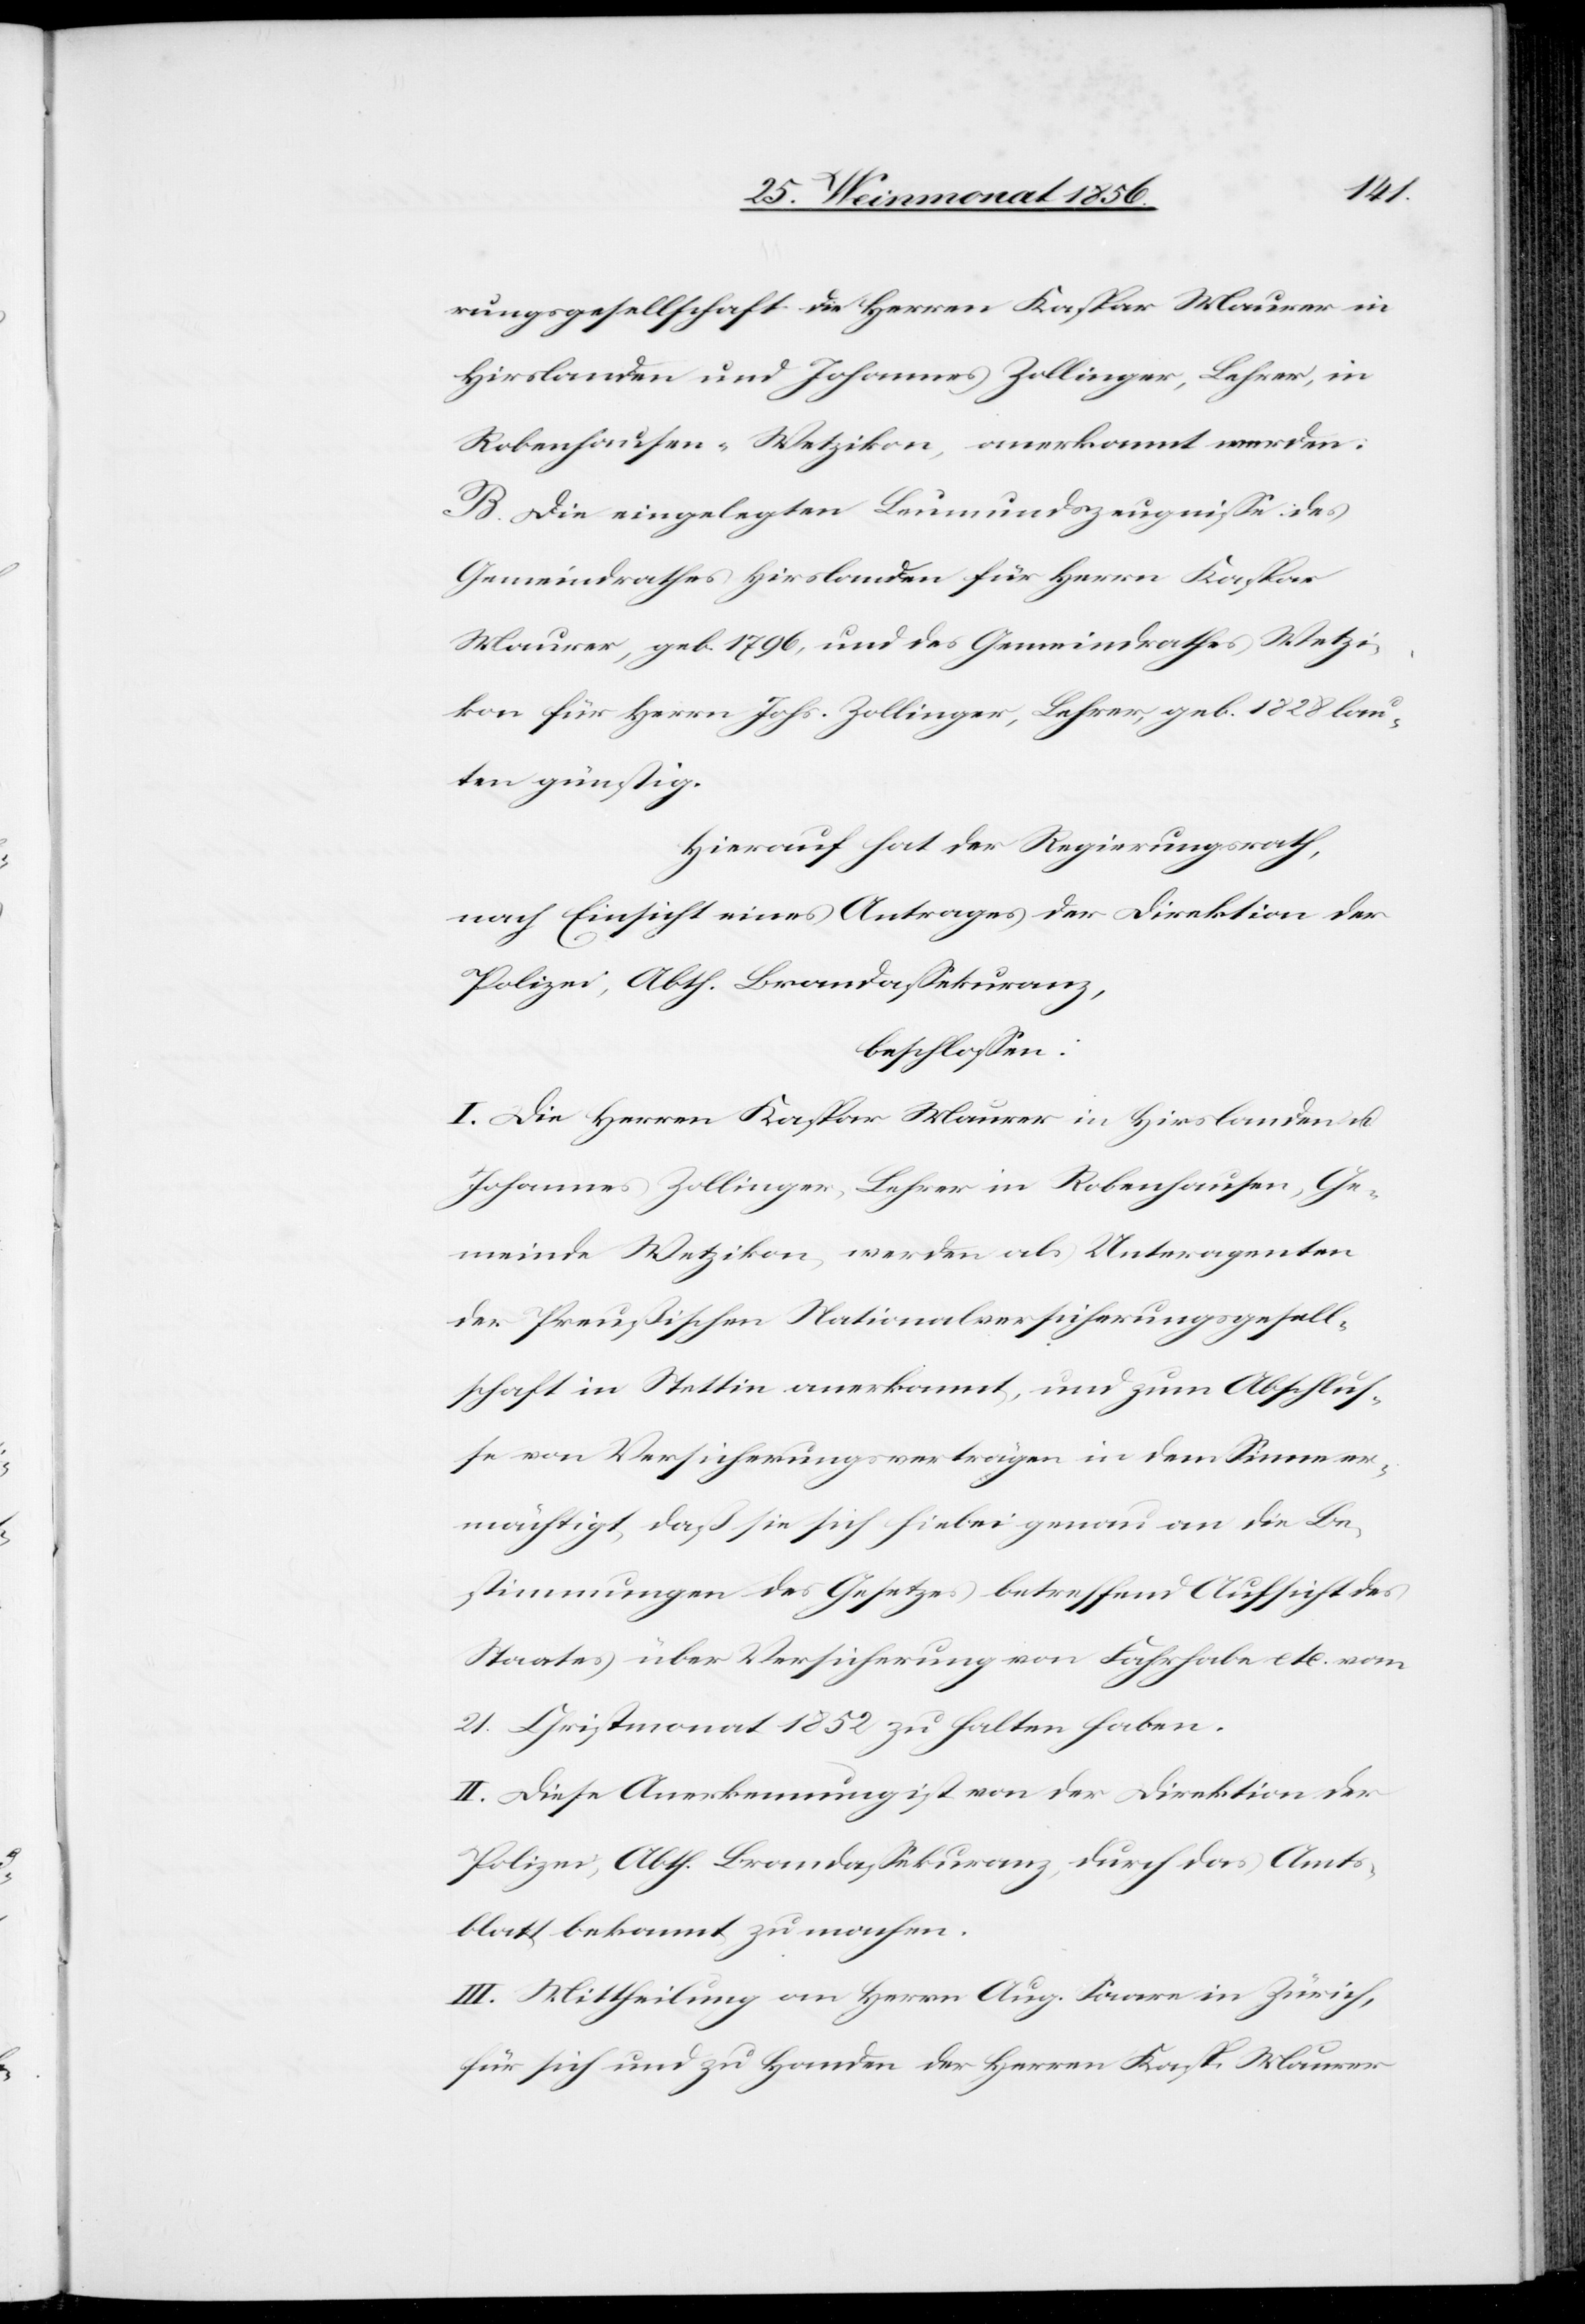
rungsgesellschaft die Herren Kaspar Maurer in
Hirslanden und Johannes Zollinger, Lehrer, in
Robenhausen-Wetzikon, anerkannt werden.
B. Die eingelegten Leumundszeugnisse: des
Gemeindrathes Hirslanden für Herrn Kaspar
Maurer, geb. 1796, und des Gemeindrathes Wetzi¬
kon für Herrn Johs. Zollinger, Lehrer, geb. 1828 lau¬
ten günstig.
Hierauf hat der Regierungsrath,
nach Einsicht eines Antrages der Direktion der
Polizei, Abth. Brandassekuranz,
beschlossen:
I. Die Herren Kaspar Maurer in Hirslanden u.
Johannes Zollinger, Lehrer in Robenhausen, Ge¬
meinde Wetzikon, werden als Unteragenten
der Preußischen Nationalversicherungsgesell¬
schaft in Stettin anerkannt, und zum Abschlus¬
se von Versicherungsverträgen in dem Sinne er¬
mächtigt, daß sie sich hiebei genau an die Be¬
stimmungen des Gesetzes betreffend Aufsicht des
Staates über Versicherung von Fahrhabe etc. vom
21. Christmonat 1852 zu halten haben.
II. Diese Anerkennung ist von der Direktion der
Polizei, Abth. Brandassekuranz, durch das Amts¬
blatt bekannt zu machen.
III. Mittheilung an Herrn Aug. Saare in Zürich,
für sich und zu Handen der Herren Kasp. Maurer